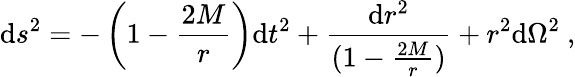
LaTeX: \mathrm{d}s^{2}=-\left(1-\frac{{2M}}{{r}}\right)\mathrm{d}t^{2}+{\frac{{\mathrm{d}r^{2}}}{{(1-\frac{{2M}}{{r}})}}}+r^{2}\mathrm{d}\Omega^{2}\ ,